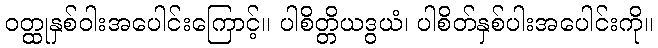
ဝတ္ထုနှစ်ဝါးအပေါင်းကြောင့်။ ပါစိတ္တိယဒွယံ၊ ပါစိတ်နှစ်ပါးအပေါင်းကို။